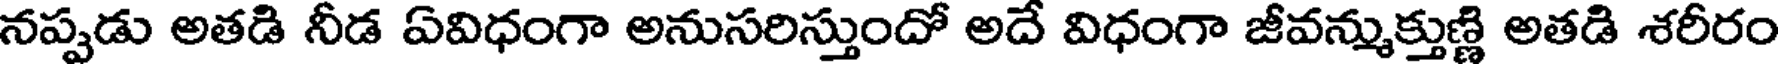
నప్పడు అతడి నీడ ఏవిధంగా అనుసరిస్తుందో అదే విధంగా జీవన్ముక్తుణ్ణి అతడి శరీరం